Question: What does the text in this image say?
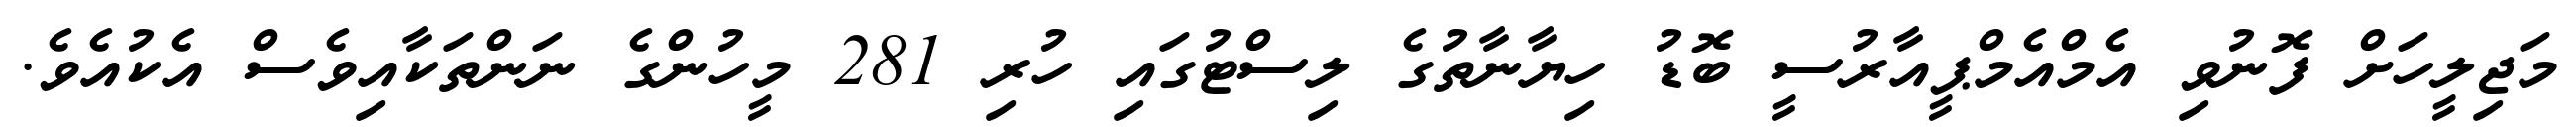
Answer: މަޖިލީހަށް ފޮނުވި އެމްއެމްޕީއާރުސީ ބޮޑު ހިޔާނާތުގެ ލިސްޓުގައި ހުރި 281 މީހުންގެ ނަންތަކާއިވެސް އެކުއެވެ.